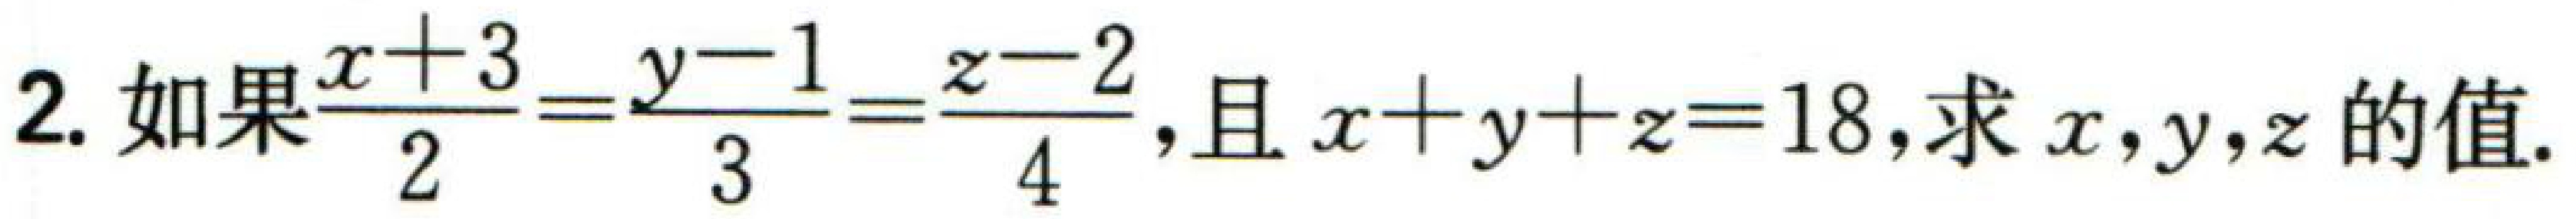
2. 如果\(\dfrac{x + 3}{2}=\dfrac{y - 1}{3}=\dfrac{z - 2}{4}\)，且\(x + y+z = 18\)，求\(x\)，\(y\)，\(z\)的值．